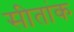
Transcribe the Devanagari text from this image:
सीतांक